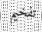
تفخيم